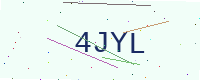
Text: 4JYL